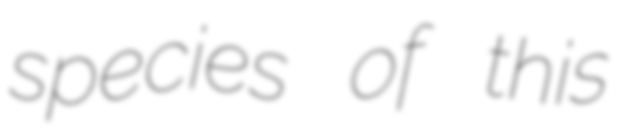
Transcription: species of this